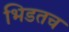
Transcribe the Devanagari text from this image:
भिडतच